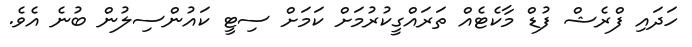
ހަދައި ފްރެޝް ފުޑް މާކެޓެއް ތަރައްގީކުރުމަށް ކަމަށް ސިޓީ ކައުންސިލުން ބުނެ އެވެ.